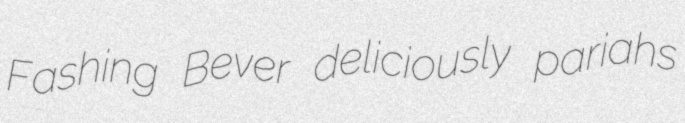
Fashing Bever deliciously pariahs